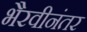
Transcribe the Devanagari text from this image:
भैरवीनंतर